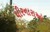
ધીરનારાઓ